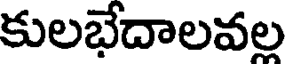
కులభేదాలవల